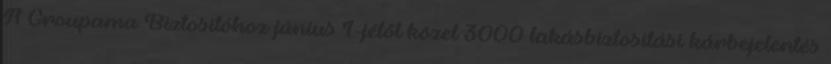
A Groupama Biztosítóhoz június 1-jétől közel 3000 lakásbiztosítási kárbejelentés